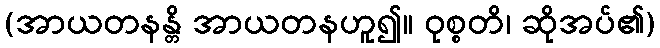
(အာယတနန္တိ အာယတနဟူ၍။ ဝုစ္စတိ၊ ဆိုအပ်၏)